65_HS1-834228961_62-HQ-83894_Section_6
Agency: FBI
Page 51
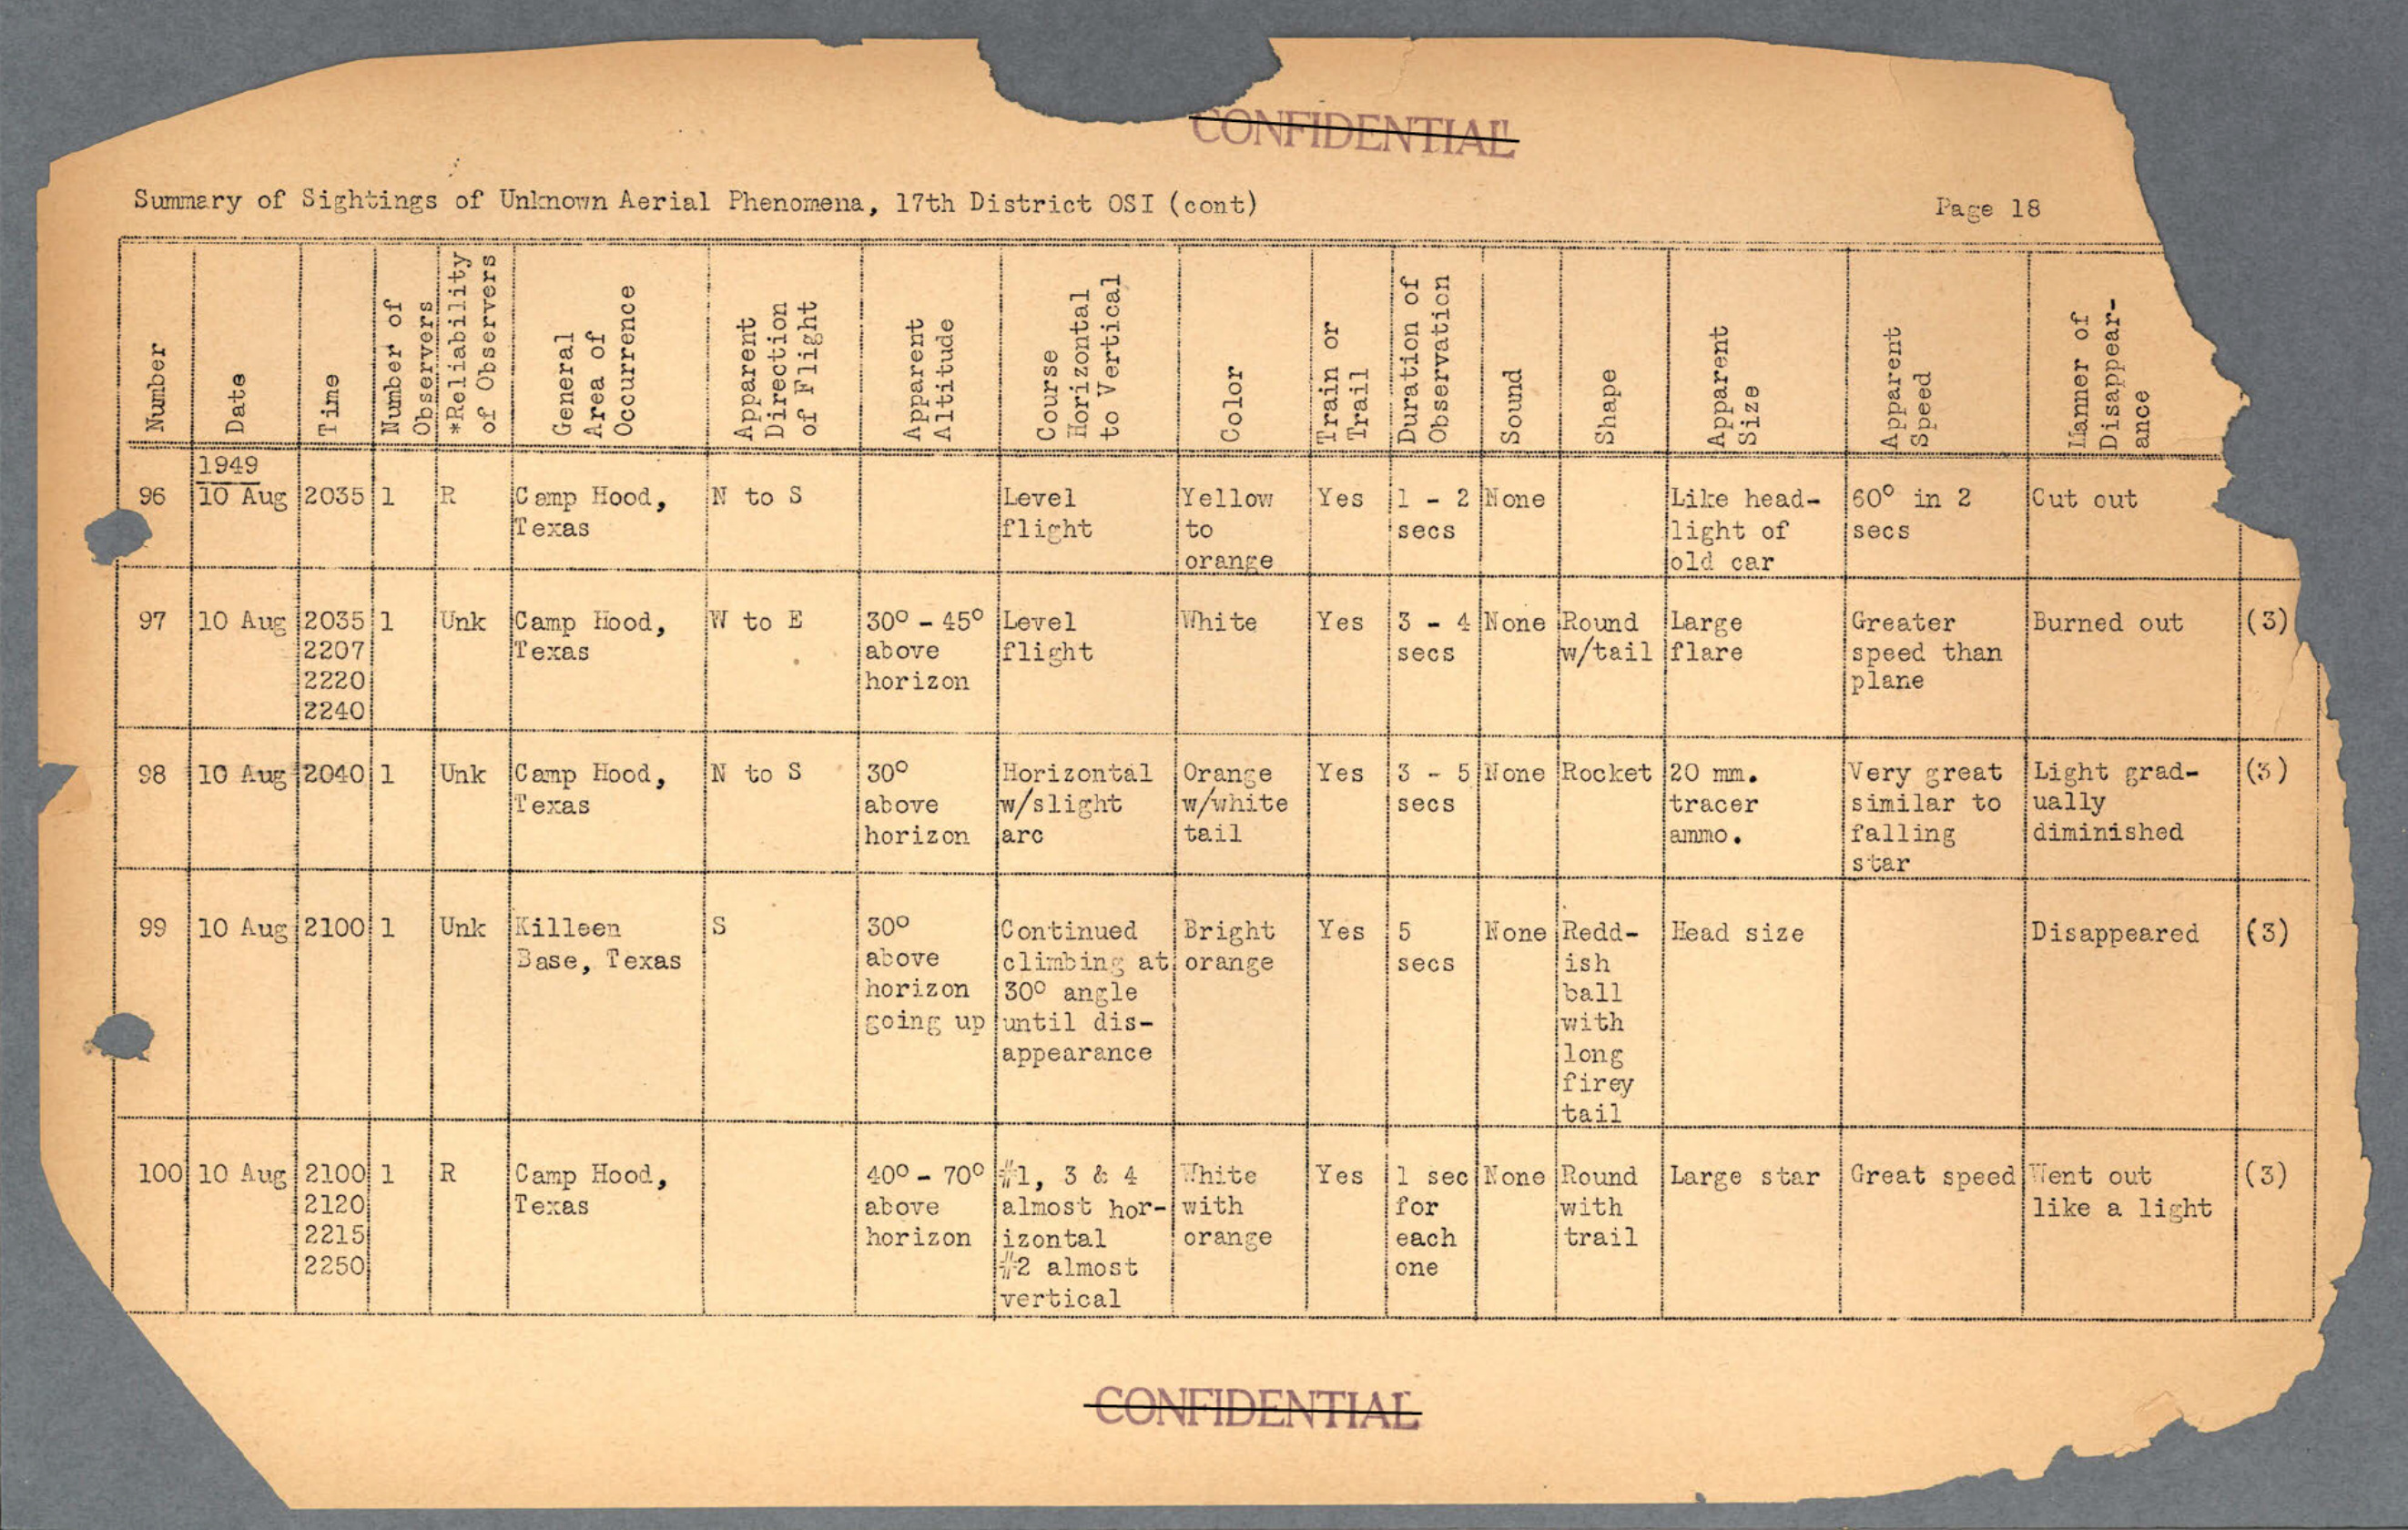